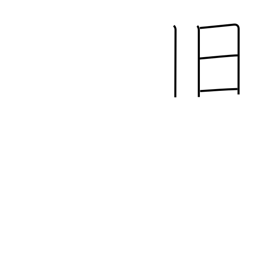
Meaning: old friend